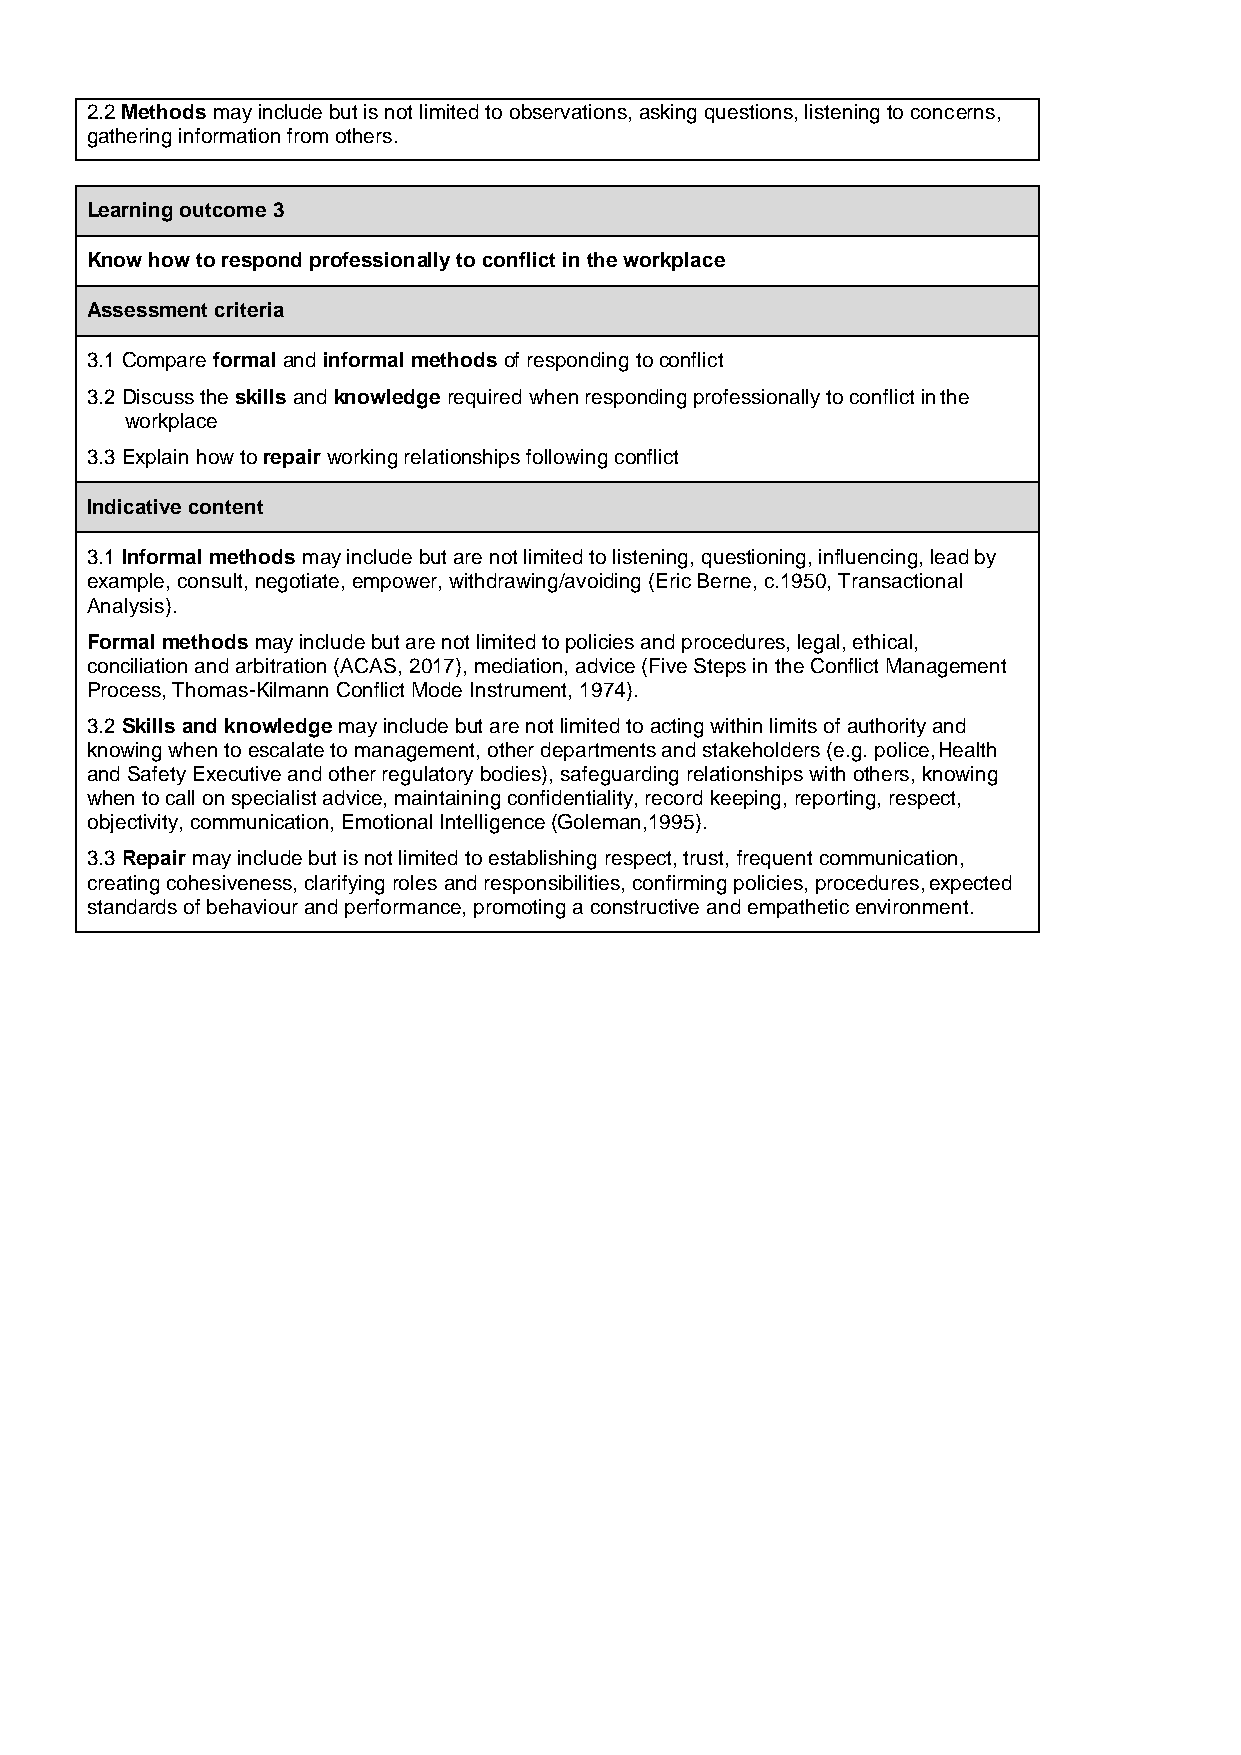
2.2 Methods may include but is not limited to observations, asking questions, listening to concerns,
 gathering information from others.
 Learning outcome 3
 Know how to respond professionally to conflict in the workplace
 Assessment criteria
 3.1 Compare formal and informal methods of responding to conflict
 3.2 Discuss the skills and knowledge required when responding professionally to conflict in the
 workplace
 3.3 Explain how to repair working relationships following conflict
 Indicative content
 3.1 Informal methods may include but are not limited to listening, questioning, influencing, lead by
 example, consult, negotiate, empower, withdrawing/avoiding (Eric Berne, c.1950, Transactional
 Analysis).
 Formal methods may include but are not limited to policies and procedures, legal, ethical,
 conciliation and arbitration (ACAS, 2017), mediation, advice (Five Steps in the Conflict Management
 Process, Thomas-Kilmann Conflict Mode Instrument, 1974).
 3.2 Skills and knowledge may include but are not limited to acting within limits of authority and
 knowing when to escalate to management, other departments and stakeholders (e.g. police, Health
 and Safety Executive and other regulatory bodies), safeguarding relationships with others, knowing
 when to call on specialist advice, maintaining confidentiality, record keeping, reporting, respect,
 objectivity, communication, Emotional Intelligence (Goleman,1995).
 3.3 Repair may include but is not limited to establishing respect, trust, frequent communication,
 creating cohesiveness, clarifying roles and responsibilities, confirming policies, procedures, expected
 standards of behaviour and performance, promoting a constructive and empathetic environment.
 54